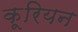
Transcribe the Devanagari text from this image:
कूरियन